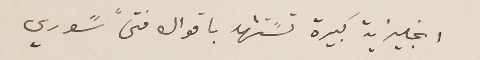
انجليزية كبيرة تسًتشهد باقوال فتىً سًوري